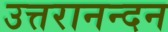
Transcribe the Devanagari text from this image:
उत्तरानन्दन